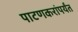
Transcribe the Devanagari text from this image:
पाटणकरांपर्यंत